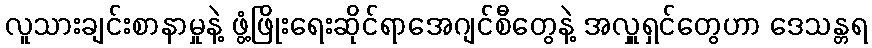
လူသားချင်းစာနာမှုနဲ့ ဖွံ့ဖြိုးရေးဆိုင်ရာအေဂျင်စီတွေနဲ့ အလှူရှင်တွေဟာ ဒေသန္တရ